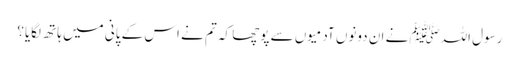
رسول اللہﷺ نے ان دونوں آدمیوں سے پوچھا کہ تم نے اس کے پانی میں ہاتھ لگایا؟